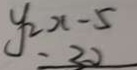
y _ { 2 } x - 5